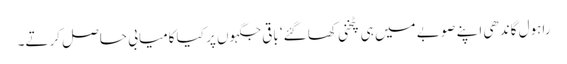
راہول گاندھی اپنے صوبے میں ہی پٹخنی کھا گئے‘ باقی جگہوں پر کیا کامیابی حاصل کرتے۔